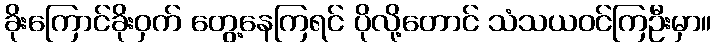
ခိုးကြောင်ခိုးဝှက် တွေ့နေကြရင် ပိုလို့တောင် သံသယဝင်ကြဦးမှာ။